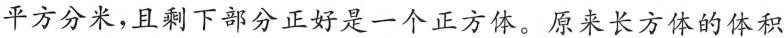
平方分米，且剩下部分正好是一个正方体。原来长方体的体积